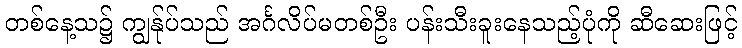
တစ်နေ့သ၌ ကျွန်ုပ်သည် အင်္ဂလိပ်မတစ်ဦး ပန်းသီးခူးနေသည့်ပုံကို ဆီဆေးဖြင့်